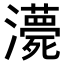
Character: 𤃫